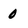
Character: 0